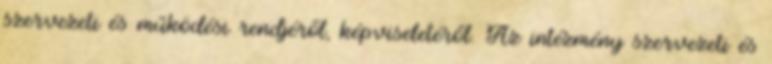
szervezeti és működési rendjéről, képviseletéről. Az intézmény szervezeti és